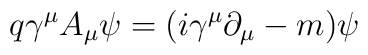
q \gamma^{\mu}A_{\mu}\psi = (i \gamma^{\mu}\partial_{\mu} - m) \psi